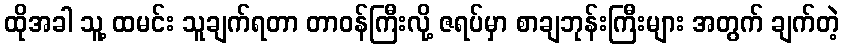
ထိုအခါ သူ့ ထမင်း သူချက်ရတာ တာဝန်ကြီးလို့ ဇရပ်မှာ စာချဘုန်းကြီးများ အတွက် ချက်တဲ့